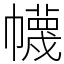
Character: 幭